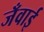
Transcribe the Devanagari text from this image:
जँवाई